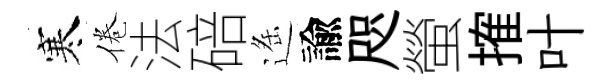
寒倦法碚遥諭咫螢搉叶